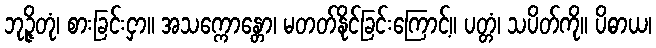
ဘုဉ္ဇိတုံ၊ စားခြင်းငှာ။ အသက္ကောန္တော၊ မတတ်နိုင်ခြင်းကြောင့်။ ပတ္တံ၊ သပိတ်ကို။ ပိဓာယ၊